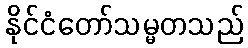
နိုင်ငံတော်သမ္မတသည်